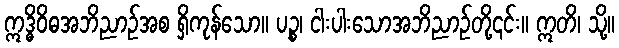
ဣဒ္ဓိဝိဓအဘိညာဉ်အစ ရှိကုန်သော။ ပဉ္စ၊ ငါးပါးသောအဘိညာဉ်တို့၎င်း။ ဣတိ၊ သို့။